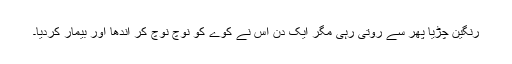
رنگین چڑیا پھر سے روتی رہی مگر ایک دن اس نے کوے کو نوچ نوچ کر اندھا اور بیمار کردیا۔